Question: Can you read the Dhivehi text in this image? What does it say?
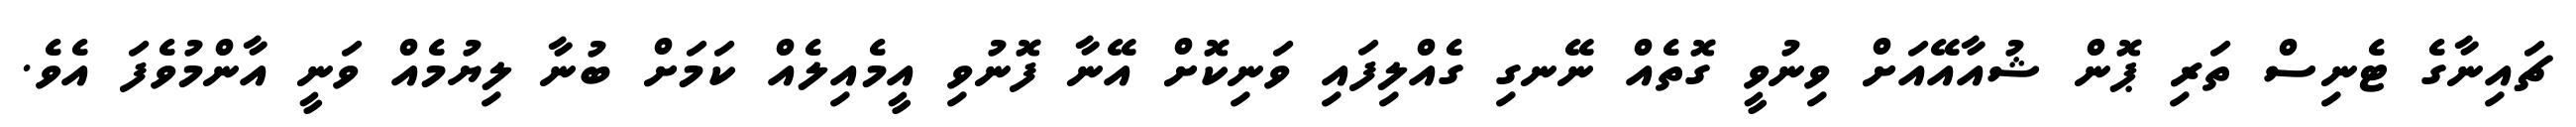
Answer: ޗައިނާގެ ޓެނިސް ތަރި ޕޮން ޝުއާއޭއަށް ވިނުވީ ގޮތެއް ނޭނގި ގެއްލިފައި ވަނިކޮށް އޭނާ ފޮނުވި އީމެއިލެއް ކަމަށް ބުނާ ލިޔުމެއް ވަނީ އާންމުވެފަ އެވެ.